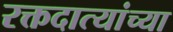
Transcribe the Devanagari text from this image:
रक्तदात्यांच्या